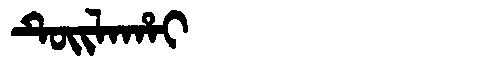
Manchu: ᡨᡠᡳᠯᠠᡥᠠᡳ
Romanization: TUILAHAI